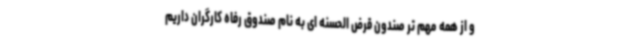
و از همه مهم تر صندون قرض الحسنه ای به نام صندوق رفاه کارگران داریم